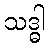
သဒ္ဓါ